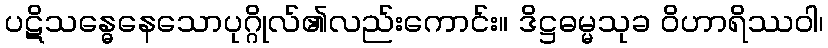
ပဋိသန္ဓေနေသောပုဂ္ဂိုလ်၏လည်းကောင်း။ ဒိဋ္ဌဓမ္မသုခ ဝိဟာရိဿဝါ၊